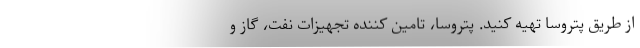
از طریق پتروسا تهیه کنید. پتروسا، تامین کننده تجهیزات نفت، گاز و